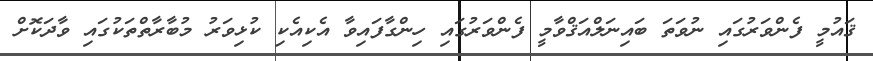
ޤައުމީ ފެންވަރުގައި ނުވަތަ ބައިނަލްއަޤްވާމީ ފެންވަރުގައި ހިންގާފައިވާ އެކިއެކި ކުޅިވަރު މުބާރާތްތަކުގައި ވާދަކޮށް